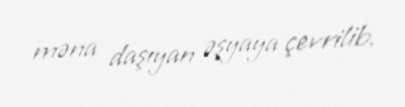
məna daşıyan əşyaya çevrilib.